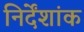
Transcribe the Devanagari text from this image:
निर्देंशांक